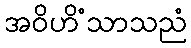
အဝိဟိံသာသညံ